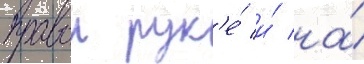
правои рук'е́ и́ на́